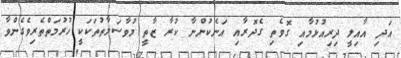
އަދި އާއިލީ ދިރިއުޅުމާއި ގޮވެތި ގެދޮރާއި އަނެކުންނާ ކުރާ ޒާތީ މުވާސަލާތުތަކަކީ ހުރުމަތްތެރިވެގެންވާ